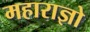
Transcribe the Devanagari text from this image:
महाराज्ञो